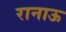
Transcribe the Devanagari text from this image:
रानाऊ